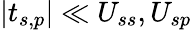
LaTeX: |t_{s,p}|\ll U_{ss},U_{sp}